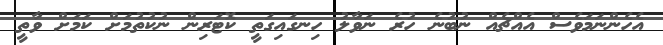
އެހެންނަމަވެސް އެއްޗެއް ނުބުނެ ހުރެ ނަވާލު ހިނގައިގަތީ ކޮޓަރިން ނުކުތުމަށް ކަމަށް ވާތީ